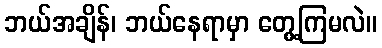
ဘယ်အချိန်၊ ဘယ်နေရာမှာ တွေ့ကြမလဲ။